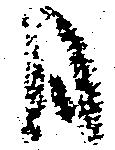
日